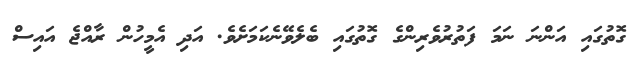
ގޮތުގައި އަންނަ ނަމަ ފަތުރުވެރިންގެ ގޮތުގައި ބެލެވޭނެކަމަށެވެ. އަދި އެމީހުން ރާއްޖެ އައިސް